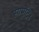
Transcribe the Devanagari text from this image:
सामुद्रि।